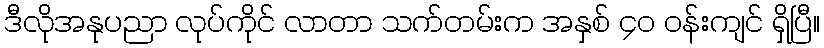
ဒီလိုအနုပညာ လုပ်ကိုင် လာတာ သက်တမ်းက အနှစ် ၄ဝ ဝန်းကျင် ရှိပြီ။